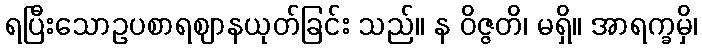
ရပြီးသောဥပစာရဈာနယုတ်ခြင်း သည်။ န ဝိဇ္ဇတိ၊ မရှိ။ အာရက္ခမှိ၊